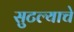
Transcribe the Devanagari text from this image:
सुटल्याचे